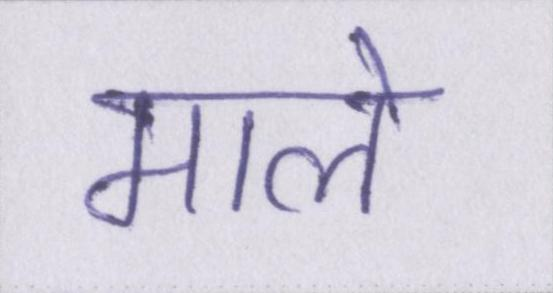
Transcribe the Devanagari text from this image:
माले